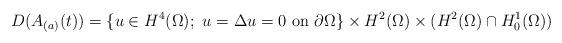
LaTeX: \begin{align*}D(A_{(a)}(t))=\{u\in H^4(\Omega);\ u=\Delta u=0\ \mbox{on}\ \partial\Omega \}\times H^2(\Omega)\times (H^2(\Omega)\cap H^1_0(\Omega))\end{align*}